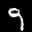
Digit: 9